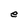
Character: e